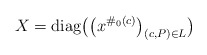
\begin{align*} X = \operatorname{diag}\bigl(\bigl( x^{\#_0(c)} \bigr)_{(c,P)\in L}\bigr) \end{align*}